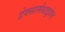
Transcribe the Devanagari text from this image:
डेक्सामेथाझोन